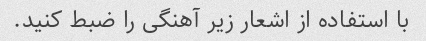
با استفاده از اشعار زیر آهنگی را ضبط کنید.